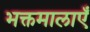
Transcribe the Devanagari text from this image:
भक्तमालाएँ